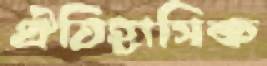
ঐতিহাসিক